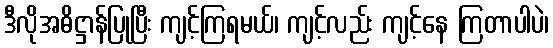
ဒီလိုအဓိဋ္ဌာန်ပြုပြီး ကျင့်ကြရမယ်၊ ကျင့်လည်း ကျင့်နေ ကြတာပါပဲ၊